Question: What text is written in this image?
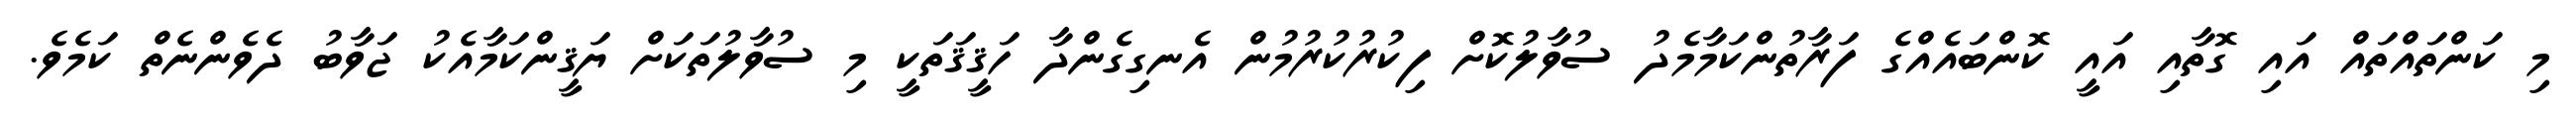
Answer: މި ކަންތައްތައް އައި ގޮތާއި އައީ ކޮންބައެއްގެ ފަރާތުންކަމާމެދު ސުވާލުކޮށް ފިކުރުކުރުމުން އެނގިގެންދާ ހަޤީޤަތަކީ މި ސުވާލުތަކަށް ޔަޤީންކަމާއެކު ޖަވާބު ދެވެންނެތް ކަމެވެ.